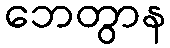
ဘေတွာန